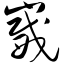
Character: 崴